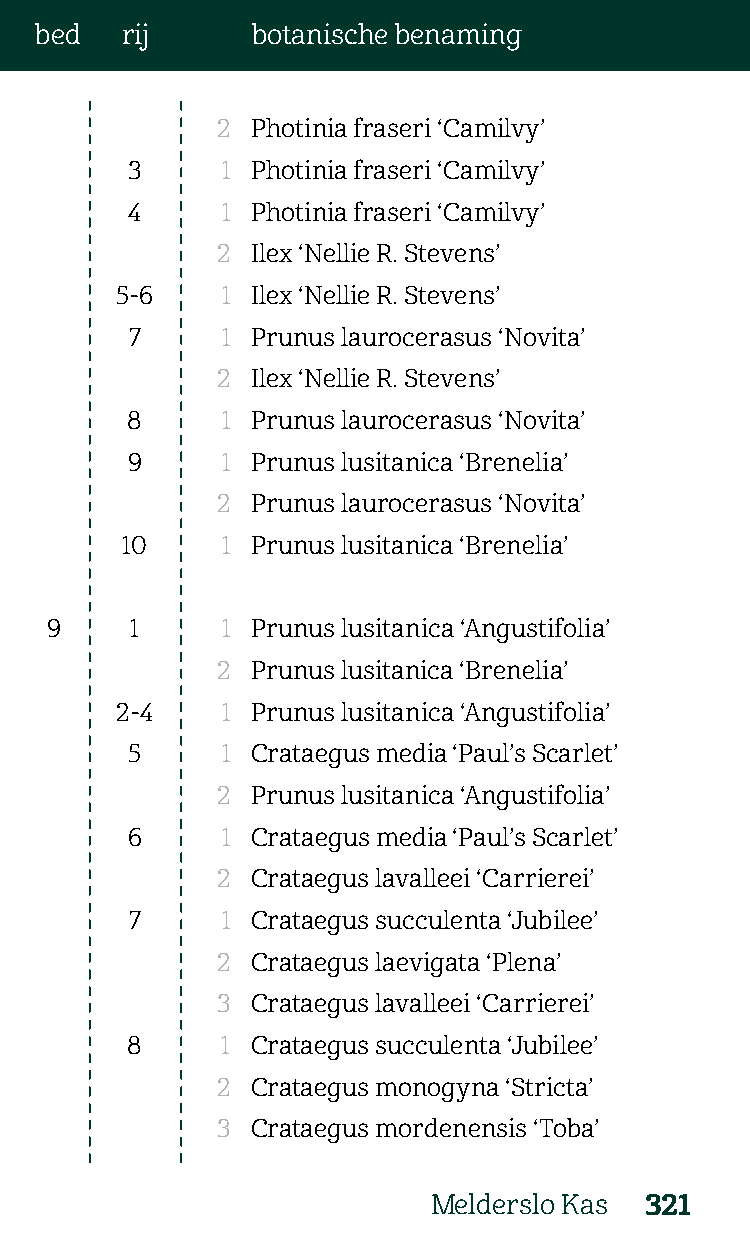
bed   rij      botanische benaming
 2  Photinia fraseri ‘Camilvy’
 3      1 Photinia fraseri ‘Camilvy’
 4      1 Photinia fraseri ‘Camilvy’
 2  Ilex ‘Nellie R. Stevens’
 5-6    1 Ilex ‘Nellie R. Stevens’
 7     1 Prunus laurocerasus ‘Novita’
 2  Ilex ‘Nellie R. Stevens’
 8      1 Prunus laurocerasus ‘Novita’
 9      1 Prunus lusitanica ‘Brenelia’
 2  Prunus laurocerasus ‘Novita’
 10     1 Prunus lusitanica ‘Brenelia’
 9     1     1 Prunus lusitanica ‘Angustifolia’
 2  Prunus lusitanica ‘Brenelia’
 2-4    1 Prunus lusitanica ‘Angustifolia’
 5      1 Crataegus media ‘Paul’s Scarlet’
 2  Prunus lusitanica ‘Angustifolia’
 6      1 Crataegus media ‘Paul’s Scarlet’
 2  Crataegus lavalleei ‘Carrierei’
 7     1 Crataegus succulenta ‘Jubilee’
 2  Crataegus laevigata ‘Plena’
 3  Crataegus lavalleei ‘Carrierei’
 8      1 Crataegus succulenta ‘Jubilee’
 2  Crataegus monogyna ‘Stricta’
 3  Crataegus mordenensis ‘Toba’
 Melderslo Kas 321